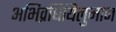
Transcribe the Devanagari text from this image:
अभिव्रधियिलुमान